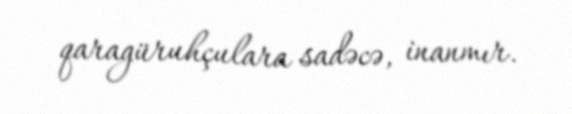
qaragüruhçulara sadəcə, inanmır.